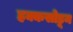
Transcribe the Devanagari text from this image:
हक्कसोडून